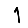
Digit: 1